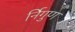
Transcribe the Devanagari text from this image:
र्निगुण